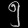
Digit: ၅